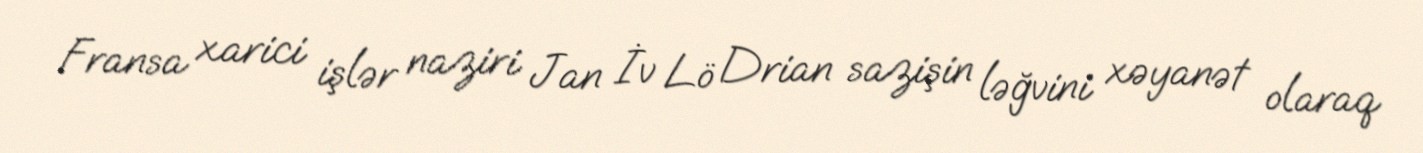
Fransa xarici işlər naziri Jan İv Lö Drian sazişin ləğvini xəyanət olaraq